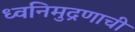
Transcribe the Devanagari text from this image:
ध्वनिमुद्रणाची